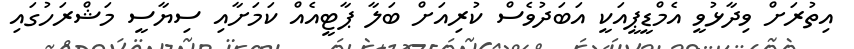
އިތުރަށް ވިދާޅުވީ އެމްޑީޕީއަކީ އަބަދުވެސް ކުރިއަށް ބަލާ ޕާޓީއެއް ކަމަށާއި ސިޔާސީ މަޝްރަހުގައި